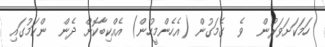
ހަމަކަށަވަރުން  ވެ  ގެމަގުން (އެހެންމީހުން) އެއްކިބާކޮށް ދެން  ންކަމުގައި